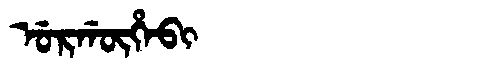
Manchu: ᡠᡵᡤᡡᡥᠠᠪᡳ
Romanization: URGŪHABI